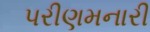
પરીણમનારી